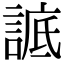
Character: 𧨱